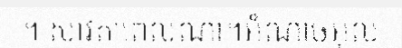
។ សាវតាពេលណា។អំណាចអ៊ុល